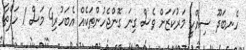
ހެނބަދޫ ސިއްހީ މަރުކަޒަށް ވެސް ގިނަ ގޮންޖެހުންތަކެއް އެބަހުރި4 މަސް 1 ހަފްތާ